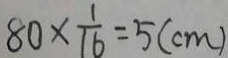
8 0 \times \frac { 1 } { 1 6 } = 5 ( c m )